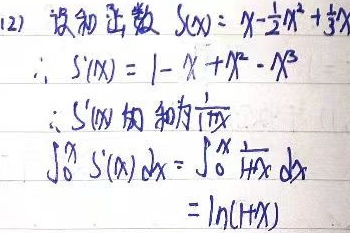
(2) 设和函数\(S(x)=x-\frac{1}{2}x^{2}+\frac{1}{3}x^{3}\)。

\(\therefore S'(x)=1 - x+x^{2}-x^{3}\)。

\(\therefore S'(x)\) 的和为\(\frac{1}{1 + x}\)。

\(\int_{0}^{x}S'(x)dx=\int_{0}^{x}\frac{1}{1 + x}dx=\ln(1 + x)\)